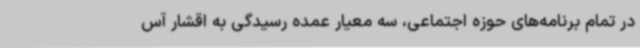
در تمام برنامه‌های حوزه اجتماعی، سه معیار عمده رسیدگی به اقشار آس